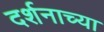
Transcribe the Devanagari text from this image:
दर्शनाच्या